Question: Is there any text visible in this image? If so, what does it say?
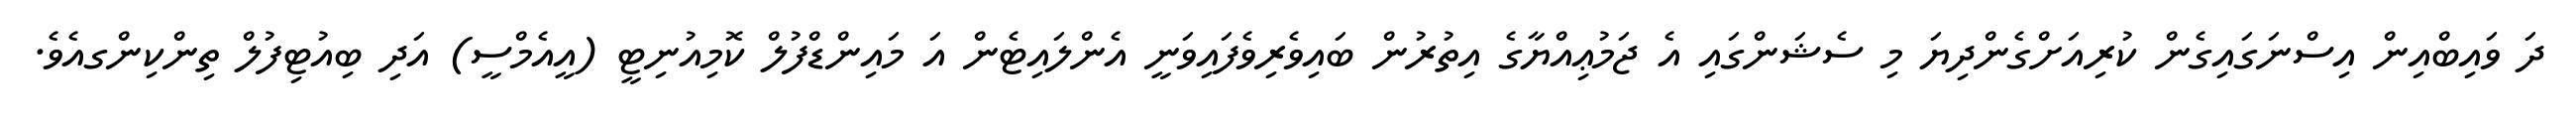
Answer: ދަ ވައިބްއިން އިސްނަގައިގެން ކުރިއަށްގެންދިޔަ މި ސެޝަންގައި އެ ޖަމުޢިއްޔާގެ އިތުރުން ބައިވެރިވެފައިވަނީ އެންލައިޓެން އަ މައިންޑްފުލް ކޮމިއުނިޓީ (އީއެމްސީ) އަދި ބިއުޓިފުލް ތިންކިންގއެވެ.